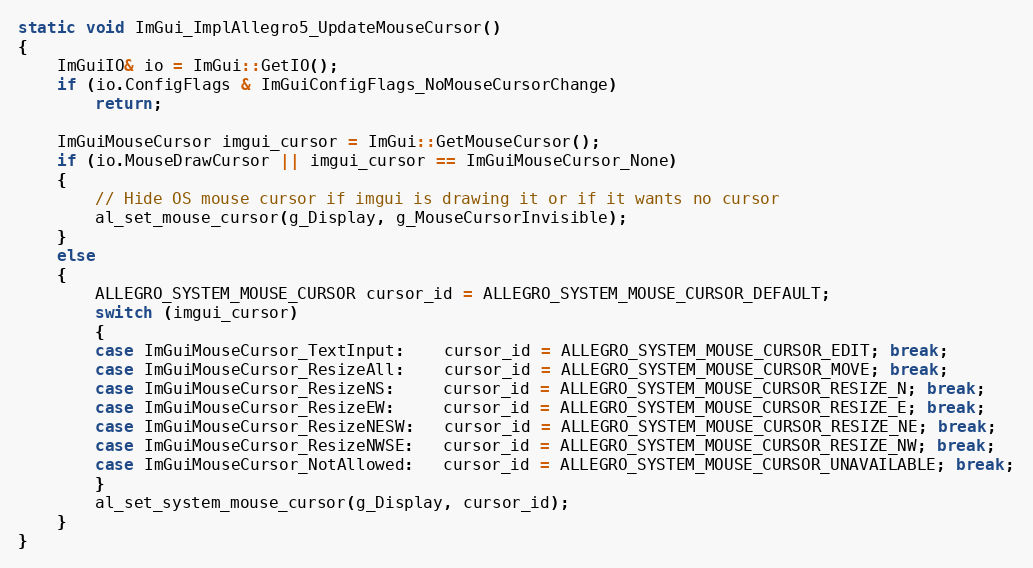
Language: C++
static void ImGui_ImplAllegro5_UpdateMouseCursor()
{
    ImGuiIO& io = ImGui::GetIO();
    if (io.ConfigFlags & ImGuiConfigFlags_NoMouseCursorChange)
        return;

    ImGuiMouseCursor imgui_cursor = ImGui::GetMouseCursor();
    if (io.MouseDrawCursor || imgui_cursor == ImGuiMouseCursor_None)
    {
        // Hide OS mouse cursor if imgui is drawing it or if it wants no cursor
        al_set_mouse_cursor(g_Display, g_MouseCursorInvisible);
    }
    else
    {
        ALLEGRO_SYSTEM_MOUSE_CURSOR cursor_id = ALLEGRO_SYSTEM_MOUSE_CURSOR_DEFAULT;
        switch (imgui_cursor)
        {
        case ImGuiMouseCursor_TextInput:    cursor_id = ALLEGRO_SYSTEM_MOUSE_CURSOR_EDIT; break;
        case ImGuiMouseCursor_ResizeAll:    cursor_id = ALLEGRO_SYSTEM_MOUSE_CURSOR_MOVE; break;
        case ImGuiMouseCursor_ResizeNS:     cursor_id = ALLEGRO_SYSTEM_MOUSE_CURSOR_RESIZE_N; break;
        case ImGuiMouseCursor_ResizeEW:     cursor_id = ALLEGRO_SYSTEM_MOUSE_CURSOR_RESIZE_E; break;
        case ImGuiMouseCursor_ResizeNESW:   cursor_id = ALLEGRO_SYSTEM_MOUSE_CURSOR_RESIZE_NE; break;
        case ImGuiMouseCursor_ResizeNWSE:   cursor_id = ALLEGRO_SYSTEM_MOUSE_CURSOR_RESIZE_NW; break;
        case ImGuiMouseCursor_NotAllowed:   cursor_id = ALLEGRO_SYSTEM_MOUSE_CURSOR_UNAVAILABLE; break;
        }
        al_set_system_mouse_cursor(g_Display, cursor_id);
    }
}